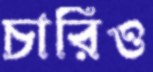
চারিও